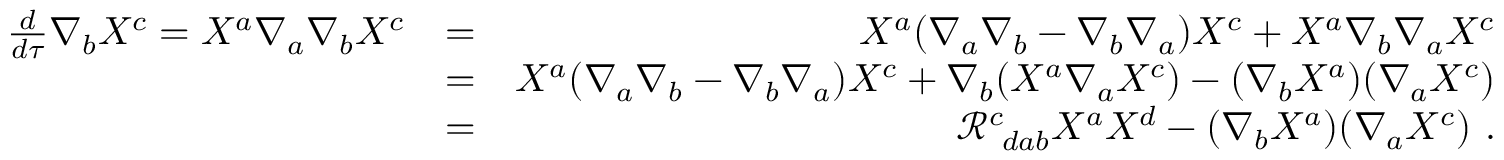
\begin{array} { r l r } { \frac { d } { d \tau } \nabla _ { b } X ^ { c } = X ^ { a } \nabla _ { a } \nabla _ { b } X ^ { c } } & { = } & { X ^ { a } ( \nabla _ { a } \nabla _ { b } - \nabla _ { b } \nabla _ { a } ) X ^ { c } + X ^ { a } \nabla _ { b } \nabla _ { a } X ^ { c } } \\ & { = } & { X ^ { a } ( \nabla _ { a } \nabla _ { b } - \nabla _ { b } \nabla _ { a } ) X ^ { c } + \nabla _ { b } ( X ^ { a } \nabla _ { a } X ^ { c } ) - ( \nabla _ { b } X ^ { a } ) ( \nabla _ { a } X ^ { c } ) } \\ & { = } & { \mathcal { R } _ { \ d a b } ^ { c } X ^ { a } X ^ { d } - ( \nabla _ { b } X ^ { a } ) ( \nabla _ { a } X ^ { c } ) \ . } \end{array}